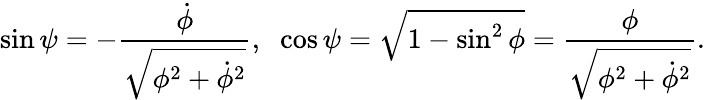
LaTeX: \sin{\psi}=-\frac{\dot{\phi}}{\sqrt{\phi^{2}+\dot{\phi}^{2}}},\; \; \cos{\psi}=\sqrt{1-\sin^{2}{\phi}}=\frac{\phi}{\sqrt{\phi^{2}+\dot{\phi}^{2}}}.